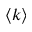
\langle k \rangle